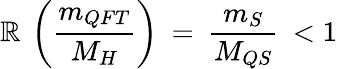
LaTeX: {\cal\mathbb{R}}\: \left(\frac{{m_{QFT}}}{{M_{H}}}\right)\: =\: \frac{{m_{S}}}{{M_{QS}}}\: <1